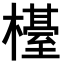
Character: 𣜉